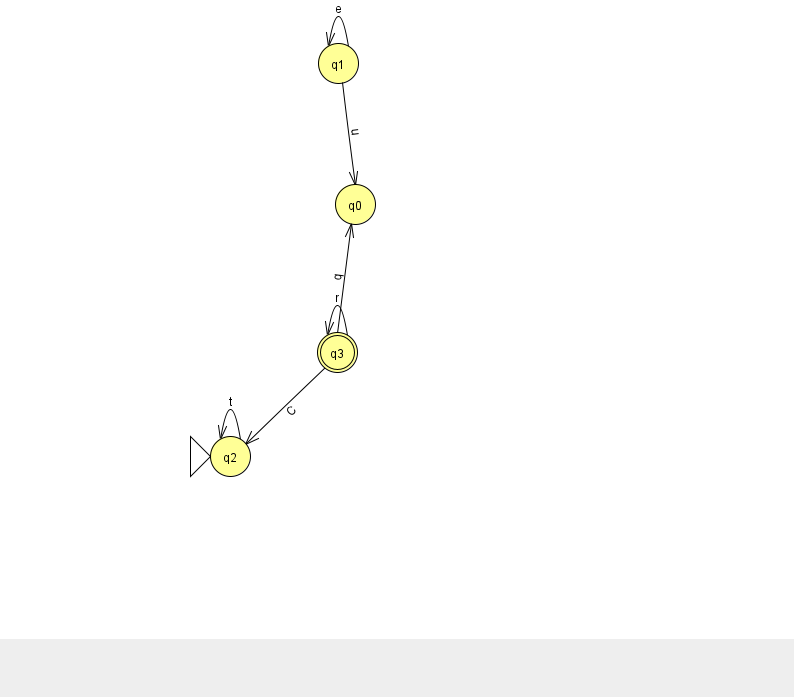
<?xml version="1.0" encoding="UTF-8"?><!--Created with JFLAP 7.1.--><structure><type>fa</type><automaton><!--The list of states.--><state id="0" name="q0"><x>355.0</x><y>191.0</y></state><state id="1" name="q1"><x>338.0</x><y>50.0</y></state><state id="2" name="q2"><x>230.0</x><y>443.0</y><initial/></state><state id="3" name="q3"><x>337.0</x><y>339.0</y><final/></state><!--The list of transitions.--><transition><from>1</from><to>0</to><read>u</read></transition><transition><from>3</from><to>3</to><read>r</read></transition><transition><from>2</from><to>2</to><read>t</read></transition><transition><from>3</from><to>0</to><read>q</read></transition><transition><from>1</from><to>1</to><read>e</read></transition><transition><from>3</from><to>2</to><read>C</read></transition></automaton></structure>